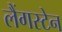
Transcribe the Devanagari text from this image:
लैंगस्टेन